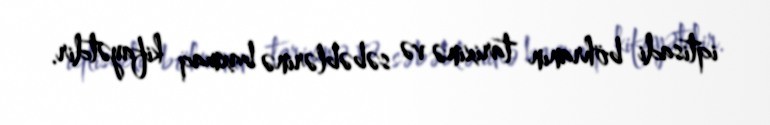
iqtisadi böhranın tarixinə və səbəblərinə baxmaq kifayətdir.